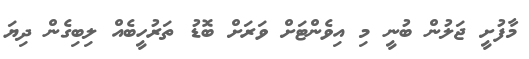
މާފުށީ ޖަލުން ބުނީ މި އިވެންޓަށް ވަރަށް ބޮޑު ތަރުހީބެއް ލިބިގެން ދިޔަ